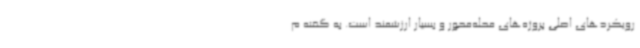
رویکردهای اصلی پروژه‌های محله‌محور و بسیار ارزشمند است. به گفته م